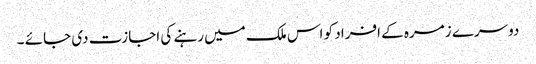
دوسرے زمرہ کے افراد کو اس ملک میں رہنے کی اجازت دی جائے ۔